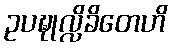
ဥပဍ္ဎုလ္လိခိတေဟိ